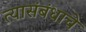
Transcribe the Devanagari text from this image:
त्यासंबंधाचे